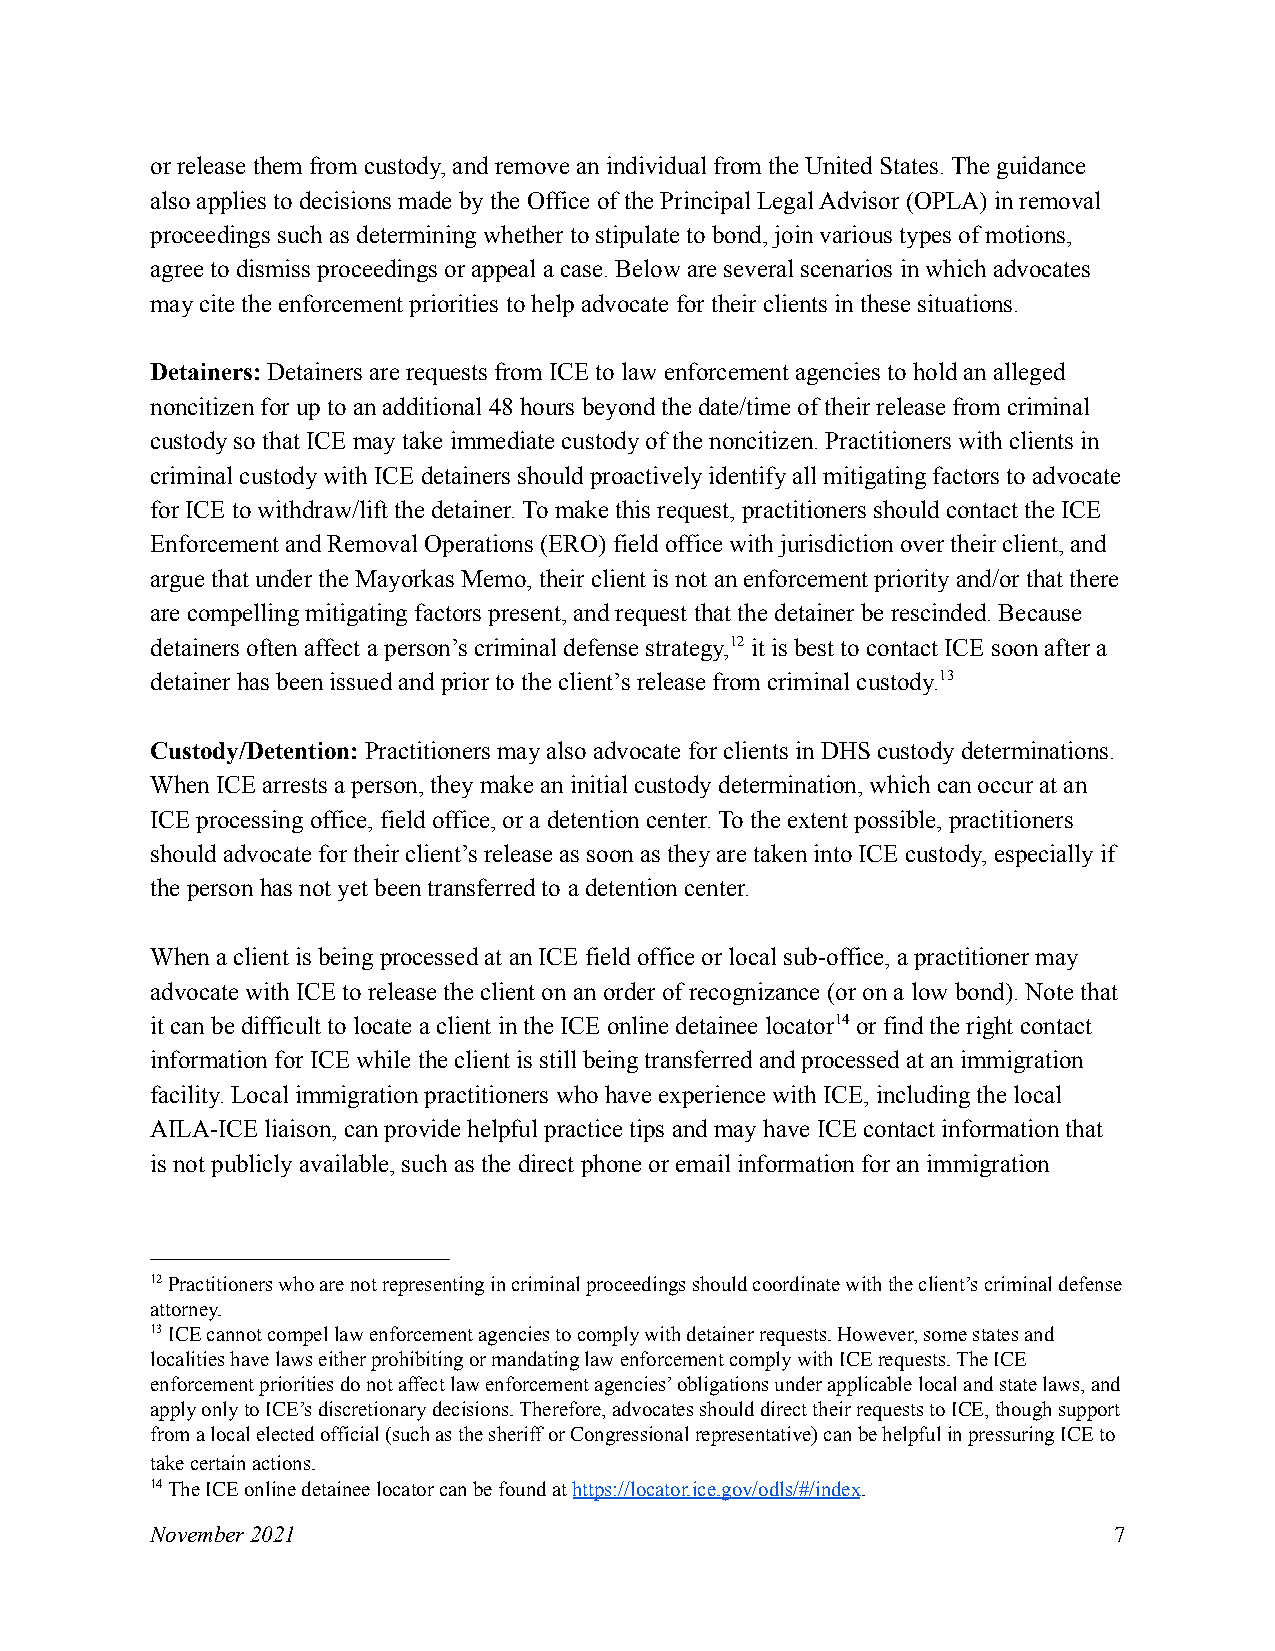
or release them from custody, and remove an individual from the United States. The guidance
 also applies to decisions made by the Office of the Principal Legal Advisor (OPLA) in removal
 proceedings such as determining whether to stipulate to bond, join various types of motions,
 agree to dismiss proceedings or appeal a case. Below are several scenarios in which advocates
 may cite the enforcement priorities to help advocate for their clients in these situations.
 Detainers: Detainers are requests from ICE to law enforcement agencies to hold an alleged
 noncitizen for up to an additional 48 hours beyond the date/time of their release from criminal
 custody so that ICE may take immediate custody of the noncitizen. Practitioners with clients in
 criminal custody with ICE detainers should proactively identify all mitigating factors to advocate
 for ICE to withdraw/lift the detainer. To make this request, practitioners should contact the ICE
 Enforcement and Removal Operations (ERO) field office with jurisdiction over their client, and
 argue that under the Mayorkas Memo, their client is not an enforcement priority and/or that there
 are compelling mitigating factors present, and request that the detainer be rescinded. Because
 detainers often affect a person’s criminal defense strategy,12it is best to contact ICE soon after a
 detainer has been issued and prior to the client’s release from criminal custody.13
 Custody/Detention: Practitioners may also advocatefor clients in DHS custody determinations.
 When ICE arrests a person, they make an initial custody determination, which can occur at an
 ICE processing office, field office, or a detention center. To the extent possible, practitioners
 should advocate for their client’s release as soon as they are taken into ICE custody, especially if
 the person has not yet been transferred to a detention center.
 When a client is being processed at an ICE field office or local sub-office, a practitioner may
 advocate with ICE to release the client on an order of recognizance (or on a low bond). Note that
 it can be difficult to locate a client in the ICE online detainee locator14or find the right contact
 information for ICE while the client is still being transferred and processed at an immigration
 facility. Local immigration practitioners who have experience with ICE, including the local
 AILA-ICE liaison, can provide helpful practice tips and may have ICE contact information that
 is not publicly available, such as the direct phone or email information for an immigration
 12Practitioners who are not representing in criminal proceedings should coordinate with the client’s criminal defense
 attorney.
 13ICE cannot compel law enforcement agencies to comply with detainer requests. However, some states and
 localities have laws either prohibiting or mandating law enforcement comply with ICE requests. The ICE
 enforcement priorities do not affect law enforcement agencies’ obligations under applicable local and state laws, and
 apply only to ICE’s discretionary decisions. Therefore, advocates should direct their requests to ICE, though support
 from a local elected official (such as the sheriff or Congressional representative) can be helpful in pressuring ICE to
 take certain actions.
 14The ICE online detainee locator can be found athttps://locator.ice.gov/odls/#/index.
 November 2021                                                   7